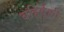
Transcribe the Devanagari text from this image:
बहिर्वृक्की